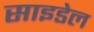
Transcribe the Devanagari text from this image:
साइडेल